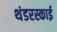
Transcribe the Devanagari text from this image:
थंडरस्काई